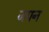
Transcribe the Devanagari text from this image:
जपन